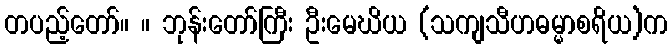
တပည့်တော်။ ။ ဘုန်းတော်ကြီး ဦးမေဃိယ (သကျသီဟဓမ္မာစရိယ)က